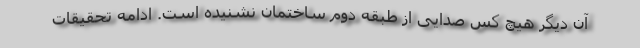
آن دیگر هیچ کس صدایی از طبقه دوم ساختمان نشنیده است. ادامه تحقیقات